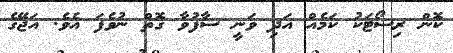
ކޮން ރިސޯޓަކު ކަމެއް އަދި ވަނީ ސާފުވާ ގޮތް ނުވެފަ އެވެ. އަޖޭގެ